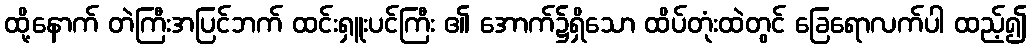
ထို့နောက် တဲကြီးအပြင်ဘက် ထင်းရှူးပင်ကြီး ၏ အောက်၌ရှိသော ထိပ်တုံးထဲတွင် ခြေရောလက်ပါ ထည့်၍